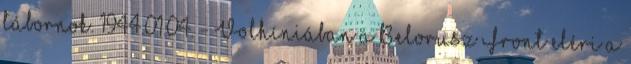
tábornok. 1944.01.04. - Volhíniában a Belorusz Front eléri a